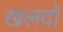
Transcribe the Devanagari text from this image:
खलदों